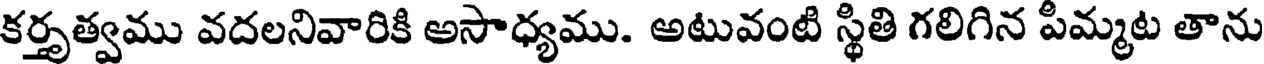
కర్తృత్వము వదలనివారికి అసాధ్యము. అటువంటి స్థితి గలిగిన పిమ్మట తాను